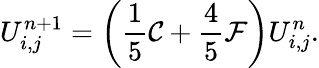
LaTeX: U_{i,j}^{n+1}=\left(\frac{1}{5}\mathcal{C}+\frac{4}{5}\mathcal{F}\right)U_{i,j}^{n}.